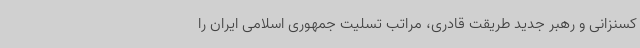
کسنزانی و رهبر جدید طریقت قادری، مراتب تسلیت جمهوری اسلامی ایران را